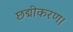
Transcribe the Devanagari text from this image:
छद्मीकरण।